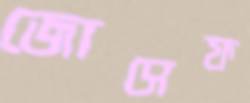
জোসেফ